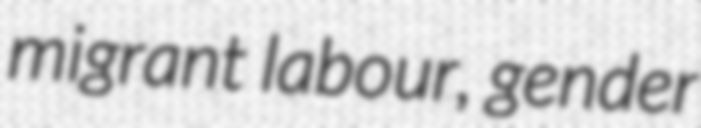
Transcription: migrant labour, gender